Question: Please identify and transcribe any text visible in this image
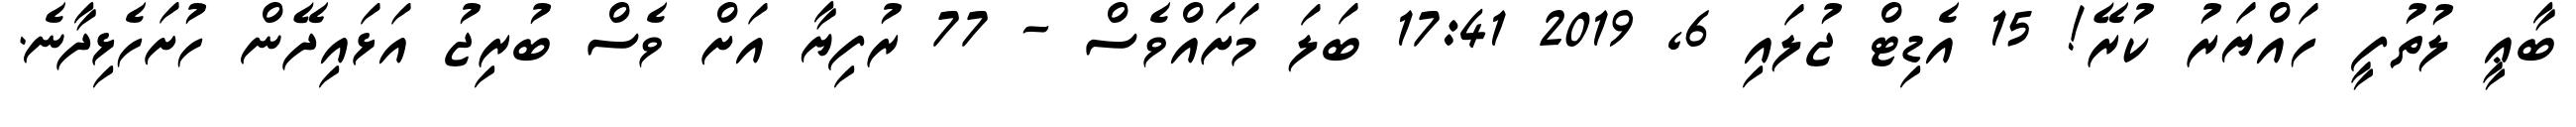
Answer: ބާޢީ ލުތުފީ ހައްޔަރު ކުރޭ! 15 އެޑިޓް ޖުލައި 6, 2019 17:41 ބަލަ މަށައްވެސް - 77 ރުފިޔާ އަށް ވެސް ބުރިޖު އަޅައިދޭން ހުށަހެޅިދާނެ.